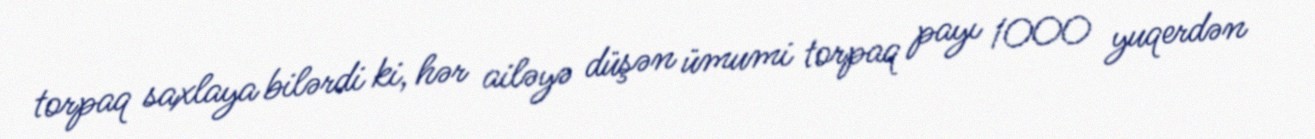
torpaq saxlaya bilərdi ki, hər ailəyə düşən ümumi torpaq payı 1000 yuqerdən